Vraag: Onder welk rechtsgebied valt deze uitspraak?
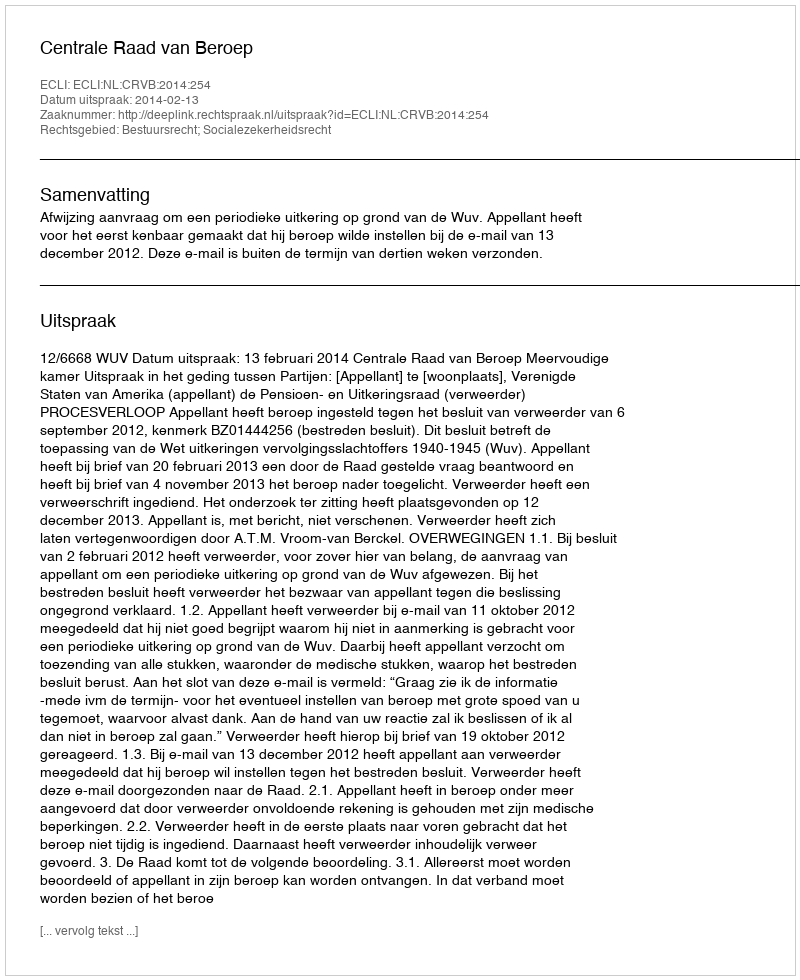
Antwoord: Bestuursrecht; Socialezekerheidsrecht